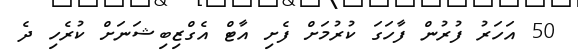
50 އަހަރު ފުރުން ފާހަގަ ކުރުމަށް ފެށި އާޓް އެގްޒިބިޝަނަށް ކުރެހި ދެ